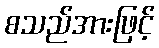
စသည်အားဖြင့်